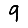
Digit: 9